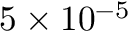
5 \times 1 0 ^ { - 5 }